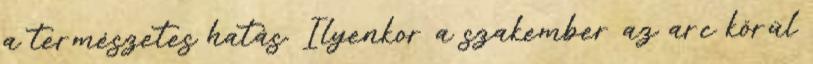
a természetes hatás. Ilyenkor a szakember az arc körül